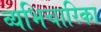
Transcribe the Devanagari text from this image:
व्यभिचारिका